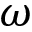
\boldsymbol { \omega }